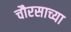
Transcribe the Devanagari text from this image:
चौरसाच्या